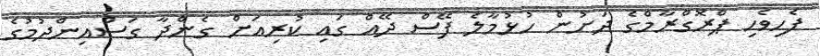
ފެހިވެހި ޕްރޮގްރާމްގެ ދަށުން ހުޅުމާލެ ފޭސް ދޭއް ގައި ކުރިއަށް ގެންދާ ގަސްއިންދުމުގެ